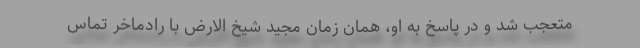
متعجب شد و در پاسخ به او، همان زمان مجید شیخ الارض با رادماخر تماس